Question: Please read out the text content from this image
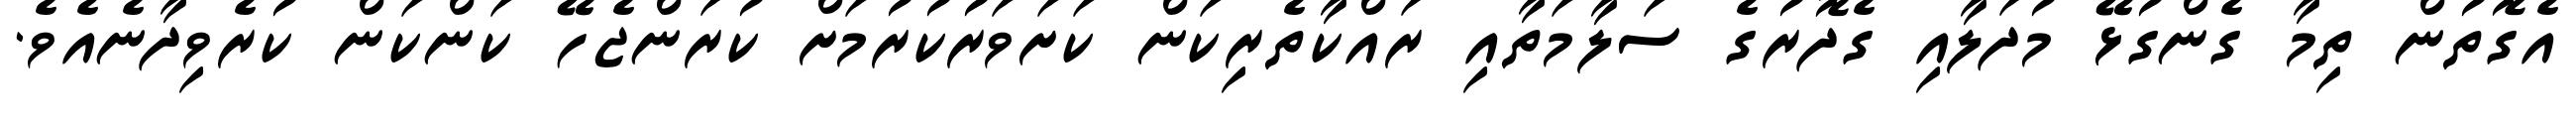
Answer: އެގޮތުން ތިމާ ގެންގުޅޭ މުދަލާއި ގެދޮރުގެ ސަލާމަތާއި ރައްކާތެރިކަން ކަށަވަރުކުރުމަށް ކުރަންޖެހޭ ކަންކަން ކުރެވިދާނެއެވެ.